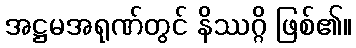
အဋ္ဌမအရုဏ်တွင် နိဿဂ္ဂိ ဖြစ်၏။